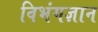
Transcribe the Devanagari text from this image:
विभंगज्ञान